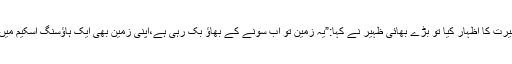
میں نے حیرت کا اظہار کیا تو بڑے بھائی ظہیر نے کہا:”یہ زمین تو اب سونے کے بھاؤ بک رہی ہے،اپنی زمین بھی ایک ہاؤسنگ اسکیم میں آگئی ہے۔